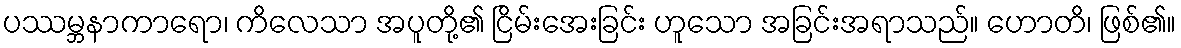
ပဿမ္ဘနာကာရော၊ ကိလေသာ အပူတို့၏ ငြိမ်းအေးခြင်း ဟူသော အခြင်းအရာသည်။ ဟောတိ၊ ဖြစ်၏။